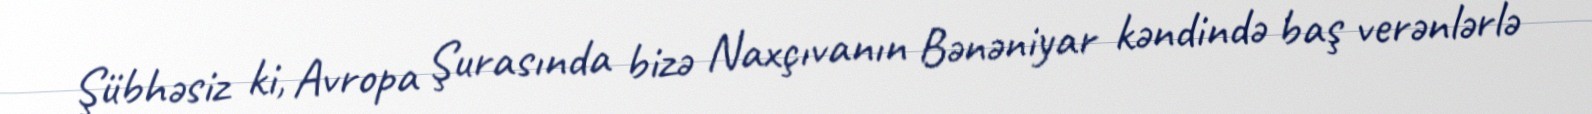
Şübhəsiz ki, Avropa Şurasında bizə Naxçıvanın Bənəniyar kəndində baş verənlərlə